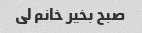
صبح بخیر خانم لی